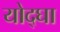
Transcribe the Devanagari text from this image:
योद्घा